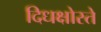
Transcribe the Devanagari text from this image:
दिधक्षोस्ते